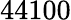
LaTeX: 44100